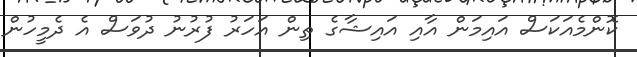
ކޮންމެއަކަސް އައިމަން އާއި އައިޝާގެ ތިން އަހަރު ފުރުނު ދުވަސް އެ ދެމީހުން